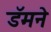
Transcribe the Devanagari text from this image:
डॅमने